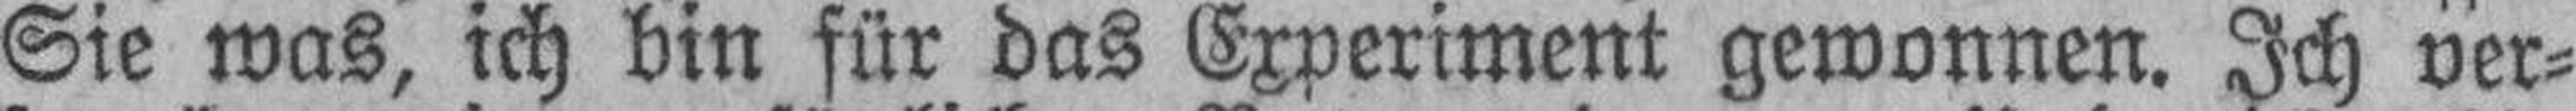
Sie was, ich bin für das Experiment gewonnen. Ich ver¬